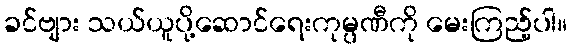
ခင်ဗျား သယ်ယူပို့ဆောင်ရေးကုမ္ပဏီကို မေးကြည့်ပါ။